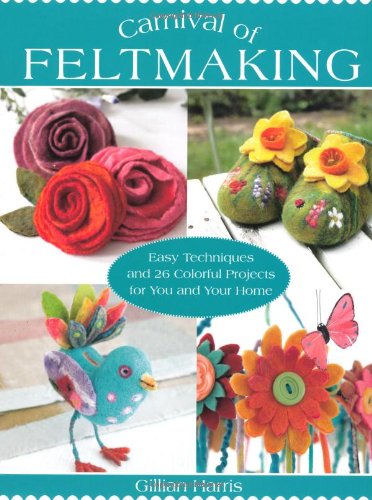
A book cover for Carnival of Feltmaking: Easy Techniques and 26 Colorful Projects for You and Your Home; Gillian Harris; Crafts, Hobbies & Home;